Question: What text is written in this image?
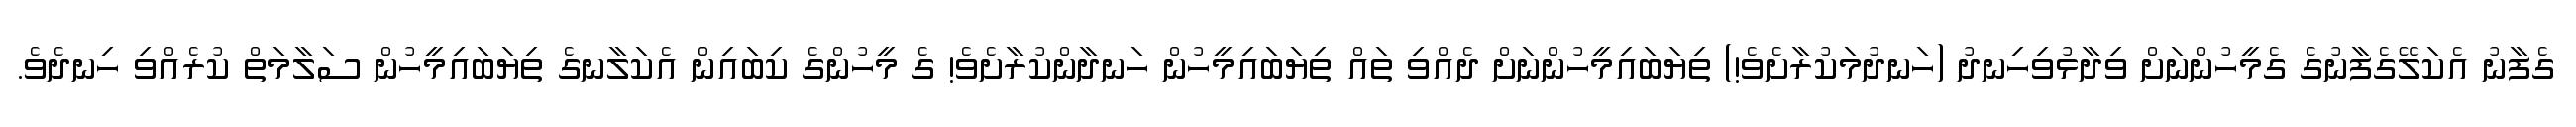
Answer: ގެފާނު އެކަލޭގެފާނުގެ ގެމީހުންނަށް ވިދާޅުވިހިނދު (ހަނދުމަކުރާށެވެ!) ތިޔަބައިމީހުންނަށް ދެއްވި ތައް ތިޔަބައިމީހުން ހަނދާންކުރާށެވެ! ގެ މީހުންގެ ކިބައިން އެކަލާނގެ ތިޔަބައިމީހުން ސަލާމަތް ކުރެއްވި ހިނދެވެ.